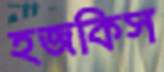
হজকিস